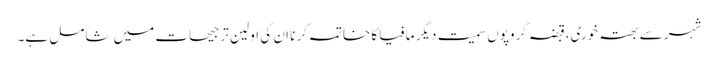
شہر سے بھتہ خوری،قبضہ گروپوں سمیت دیگر مافیاکا خاتمہ کر نا ان کی اولین تر جیحات میں شامل ہے۔